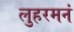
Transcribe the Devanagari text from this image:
लुहरमनं